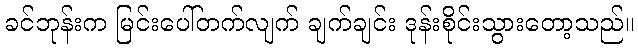
ခင်ဘုန်းက မြင်းပေါ်တက်လျက် ချက်ချင်း ဒုန်းစိုင်းသွားတော့သည်။